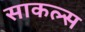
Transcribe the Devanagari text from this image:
साकल्स